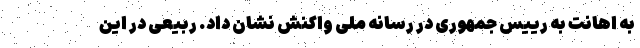
به اهانت به رییس جمهوری در رسانه ملی واکنش نشان داد. ربیعی در این